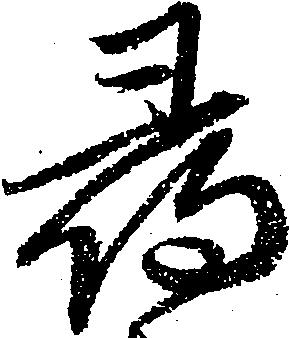
尋